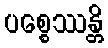
ပစ္စေဿန္တိ